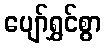
ပျော်ရွှင်စွာ